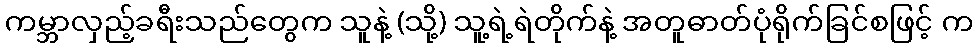
ကမ္ဘာလှည့်ခရီးသည်တွေက သူနဲ့ (သို့) သူ့ရဲ့ရဲတိုက်နဲ့ အတူဓာတ်ပုံရိုက်ခြင်စဖြင့် က